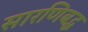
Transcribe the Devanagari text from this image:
सारणिबद्ध